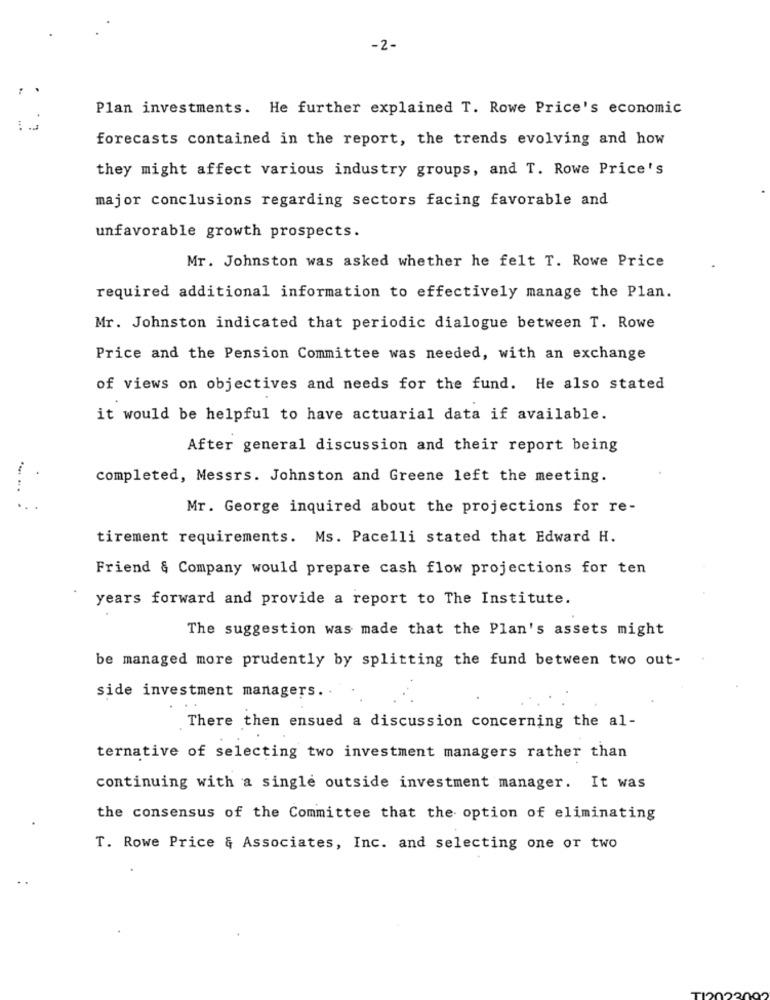
-2-
Plan investments. He further explained T. Rowe Price's economic
forecasts contained in the report, the trends evolving and how
they might affect various industry groups, and T. Rowe Price's
major conclusions regarding sectors facing favorable and
unfavorable growth prospects.
Mr. Johnston was asked whether he felt T. Rowe Price
required additional information to effectively manage the Plan.
Mr. Johnston indicated that periodic dialogue between T. Rowe
Price and the Pension Committee was needed, with an exchange
of views on objectives and needs for the fund. He also stated
it would be helpful to have actuarial data if available.
After general discussion and their report being
completed, Messrs. Johnston and Greene left the meeting.
..
Mr. George inquired about the projections for re-
tirement requirements. Ms. Pacelli stated that Edward H.
Friend & Company would prepare cash flow projections for ten
years forward and provide a report to The Institute.
The suggestion was made that the Plan's assets might
be managed more prudently by splitting the fund between two out-
side investment managers ..
There then ensued a discussion concerning the al-
ternative of selecting two investment managers rather than
continuing with a single outside investment manager. It was
the consensus of the Committee that the option of eliminating
T. Rowe Price & Associates, Inc. and selecting one or two